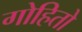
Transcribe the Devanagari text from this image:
गोहितो